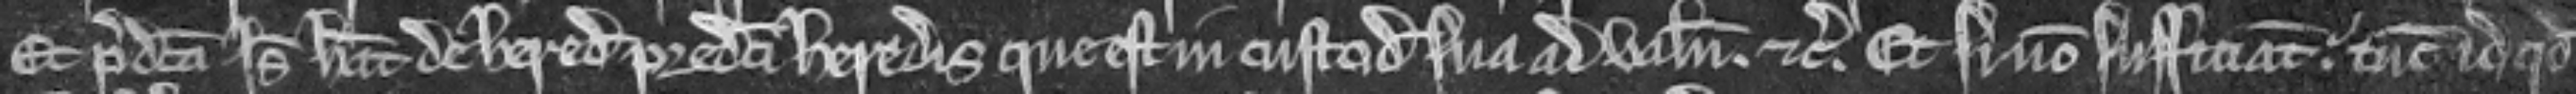
Et predicta Isabella habeat de hereditate predicte heredis que est in custodia sua ad valenciam etc. Et si non sufficiant. tunc id quod